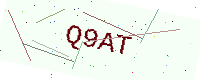
Text: Q9AT